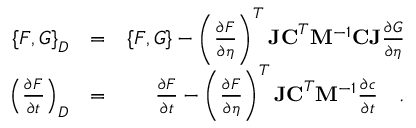
\begin{array} { r l r } { \left\{ F , G \right\} _ { D } } & { = } & { \left\{ F , G \right\} - \left( \frac { \partial F } { \partial \eta } \right) ^ { T } \mathbf { J C } ^ { T } \mathbf { M } ^ { - 1 } \mathbf { C J } \frac { \partial G } { \partial \eta } } \\ { \left( \frac { \partial F } { \partial t } \right) _ { D } } & { = } & { \frac { \partial F } { \partial t } - \left( \frac { \partial F } { \partial \eta } \right) ^ { T } \mathbf { J C } ^ { T } \mathbf { M } ^ { - 1 } \frac { \partial c } { \partial t } \quad . } \end{array}